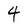
Character: 4